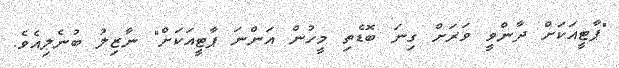
"ޕާޓީއަކަށް ދާންވީ ވަރަށް ގިނަ ބޮޑެތި މީހުން އަންނަ ޕާޓީއަކަށް" ނާޒިލު ބުނެލިއެވެ.